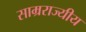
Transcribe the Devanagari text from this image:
साम्रराज्यीय